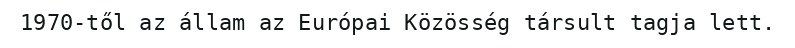
1970-től az állam az Európai Közösség társult tagja lett.